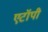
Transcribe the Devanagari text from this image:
एटॉपी